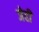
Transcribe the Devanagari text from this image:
जेही